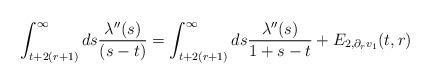
LaTeX: \begin{align*} \int_{t+2(r+1)}^{\infty} ds \frac{\lambda''(s)}{(s-t)} = \int_{t+2(r+1)}^{\infty} ds \frac{\lambda''(s)}{1+s-t} + E_{2,\partial_{r}v_{1}}(t,r)\end{align*}